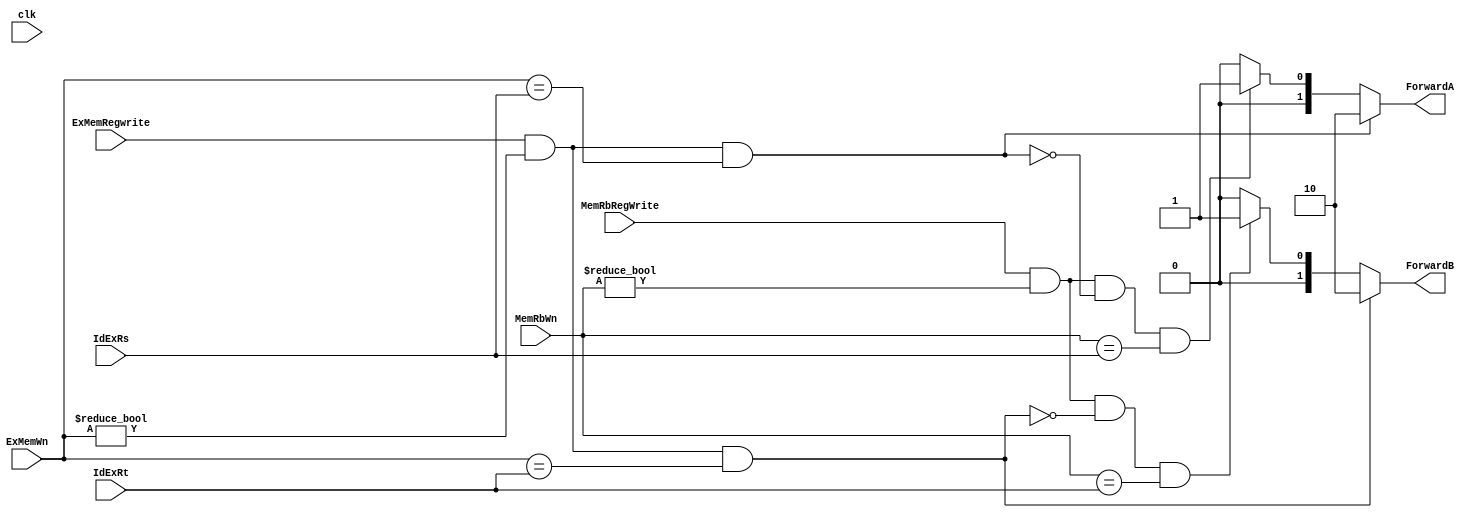
module ForwardingUnit( clk, IdExRs, IdExRt, 
	                   ExMemWn, MemRbWn, 
					   ExMemRegwrite, MemRbRegWrite,
					   ForwardA, ForwardB ) ;	
	input [4:0] IdExRs, IdExRt, ExMemWn, MemRbWn ;
	input clk ; 
	input ExMemRegwrite, MemRbRegWrite ; 
					   
	output reg [1:0] ForwardA, ForwardB ; 
	
	initial 
	begin 
		ForwardA = 2'b00 ; 
		ForwardB = 2'b00 ; 
	end 
	
	always @( clk ) 
	begin
	    //$display( "%d, ExMemRegwrite : %d, ExMemWn : %d ", $time/10, ExMemRegwrite, ExMemWn );
		//$display( "%d, MemRbRegWrite : %d, MemRbWn : %d ", $time/10, MemRbRegWrite, MemRbWn );
		//$display( "%d, IdExRs : %d, IdExRt : %d ", $time/10, IdExRs, IdExRt );
		// $display( "%d, ForwardA : %b, ForwardB : %b ", $time/10-1 , ForwardA, ForwardB );
		
		if ( ExMemRegwrite == 1'b1 && ( ExMemWn != 5'd0 ) && ( ExMemWn == IdExRs) ) begin
			ForwardA = 2'b10 ;
			
			end
		else if ( MemRbRegWrite == 1'b1 && ( MemRbWn != 5'd0 ) 
		          && !( ExMemRegwrite == 1'b1 && ( ExMemWn != 5'd0 ) && ( ExMemWn == IdExRs) ) 
				  && ( MemRbWn == IdExRs) )begin 
			
			ForwardA = 2'b01 ;
			
			end
		else begin 
			
			ForwardA = 2'b00 ; 
			end
			
		if ( ExMemRegwrite == 1'b1 && ( ExMemWn != 5'd0 ) && ( ExMemWn == IdExRt)  ) begin 
			
			ForwardB = 2'b10 ; 
			end
		else if ( MemRbRegWrite == 1'b1 && ( MemRbWn != 5'd0 ) 
				  && !( ExMemRegwrite && ( ExMemWn != 5'd0 ) && ( ExMemWn == IdExRt) )
				  && ( MemRbWn == IdExRt ) ) begin 
			
			ForwardB = 2'b01 ; 
			end
		else begin 
			
			ForwardB = 2'b00 ; 
			end
			
		//$display( "%d, ForwardA : %b, ForwardB : %b ", $time/10, ForwardA, ForwardB );
	end // always s				
					   
endmodule